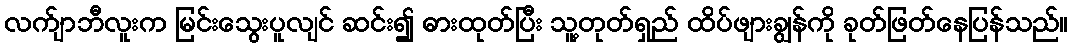
လက်ျာဘီလူးက မြင်းသွေးပူလျင် ဆင်း၍ ဓားထုတ်ပြီး သူ့တုတ်ရှည် ထိပ်ဖျားချွန်ကို ခုတ်ဖြတ်နေပြန်သည်။